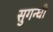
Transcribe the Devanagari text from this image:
सुगन्धी